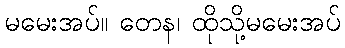
မမေးအပ်။ တေန၊ ထိုသို့မမေးအပ်